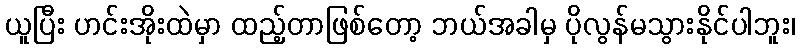
ယူပြီး ဟင်းအိုးထဲမှာ ထည့်တာဖြစ်တော့ ဘယ်အခါမှ ပိုလွန်မသွားနိုင်ပါဘူး၊